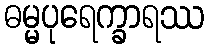
ဓမ္မပုရေက္ခာရဿ